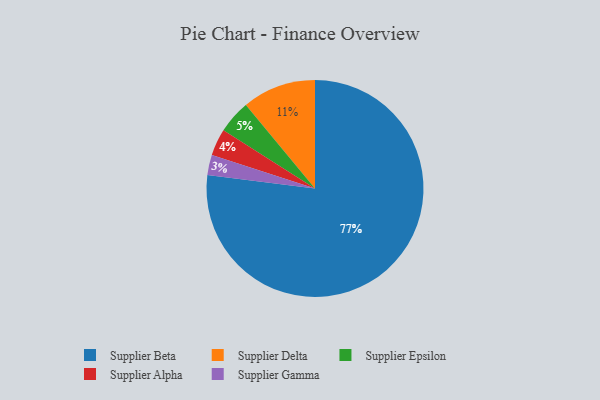
{"axis": {"x": "Category", "y": "Percentage"}, "legend": ["Supplier Alpha", "Supplier Beta", "Supplier Delta", "Supplier Epsilon", "Supplier Gamma"], "data": [{"x": "Supplier Beta", "y": 77, "type": "Supplier Beta"}, {"x": "Supplier Epsilon", "y": 5, "type": "Supplier Epsilon"}, {"x": "Supplier Gamma", "y": 3, "type": "Supplier Gamma"}, {"x": "Supplier Alpha", "y": 4, "type": "Supplier Alpha"}, {"x": "Supplier Delta", "y": 11, "type": "Supplier Delta"}]}